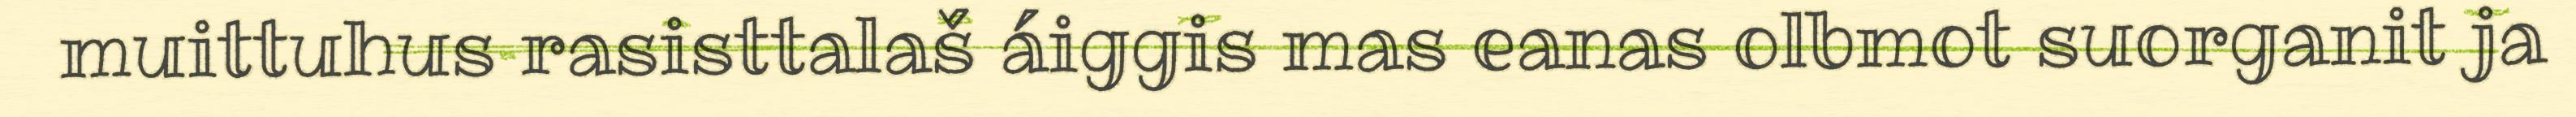
muittuhus rasisttalaš áiggis mas eanas olbmot suorganit ja